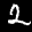
Label: 2